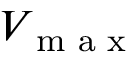
V _ { \textnormal { m a x } }